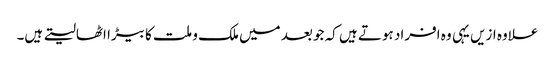
علاوہ ازیں یہی وہ افراد ہوتے ہیں کہ جو بعد میں ملک و ملت کا بیڑا اٹھالیتے ہیں۔